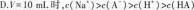
D.V=10mL时，c(Na')>c(A-)>c(H*)>c(HA)